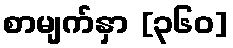
စာမျက်နှာ [၃၆၀]